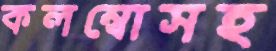
কলম্বোসহ